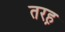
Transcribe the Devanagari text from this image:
तरह़